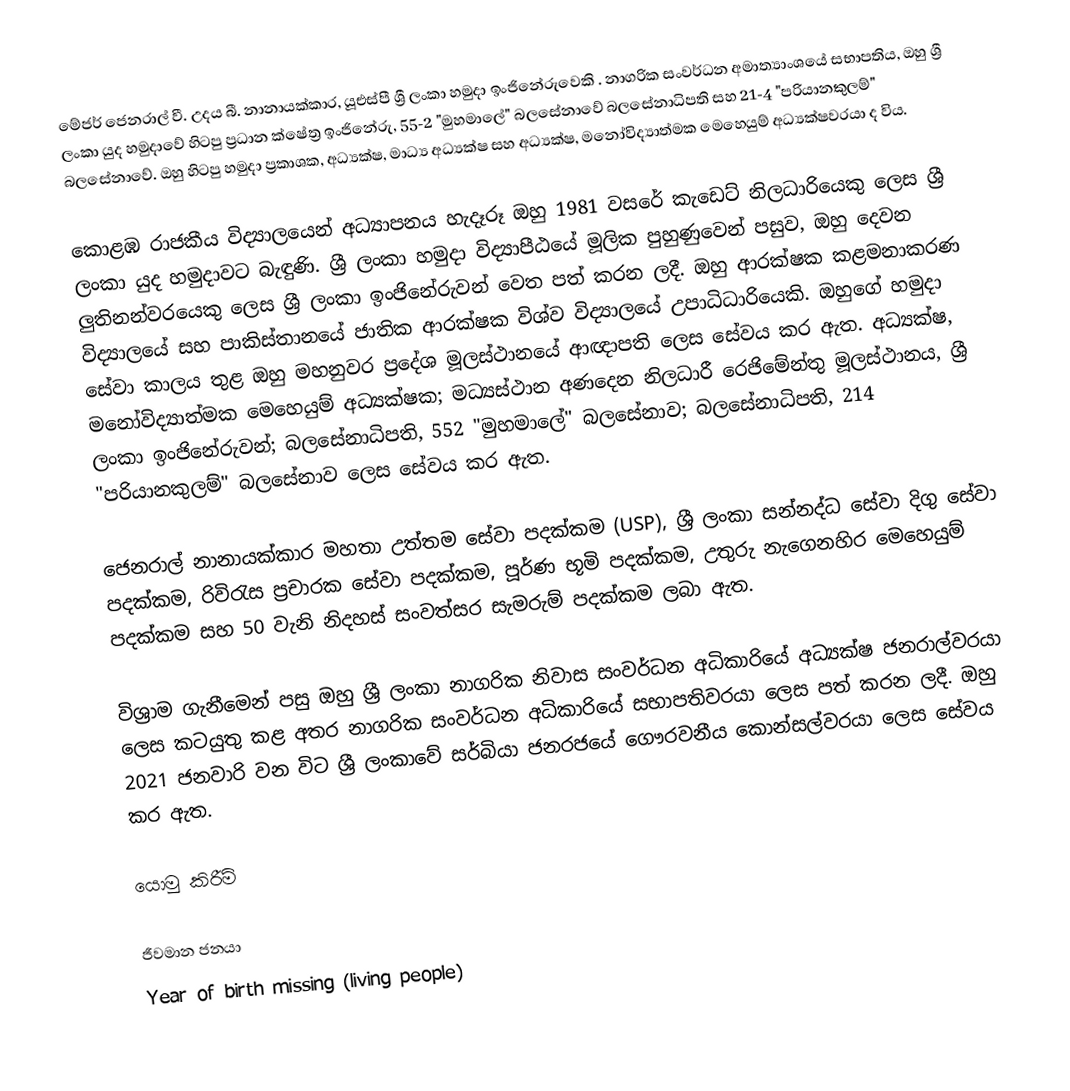
මේජර් ජෙනරාල් වී. උදය බී. නානායක්කාර, යූඑස්පී ශ්‍රී ලංකා හමුදා ඉංජිනේරුවෙකි . නාගරික සංවර්ධන අමාත්‍යාංශයේ සභාපතිය, ඔහු ශ්‍රී ලංකා යුද හමුදාවේ හිටපු ප්‍රධාන ක්ෂේත්‍ර ඉංජිනේරු, 55-2 "මුහමාලේ" බලසේනාවේ බලසේනාධිපති සහ 21-4 "පරියානකුලම්" බලසේනාවේ. ඔහු හිටපු හමුදා ප්‍රකාශක, අධ්‍යක්ෂ, මාධ්‍ය අධ්‍යක්ෂ සහ අධ්‍යක්ෂ, මනෝවිද්‍යාත්මක මෙහෙයුම් අධ්‍යක්ෂවරයා ද විය.

කොළඹ රාජකීය විද්‍යාලයෙන් අධ්‍යාපනය හැදෑරූ ඔහු 1981 වසරේ කැඩෙට් නිලධාරියෙකු ලෙස ශ්‍රී ලංකා යුද හමුදාවට බැඳුණි. ශ්‍රී ලංකා හමුදා විද්‍යාපීඨයේ මූලික පුහුණුවෙන් පසුව, ඔහු දෙවන ලුතිනන්වරයෙකු ලෙස ශ්‍රී ලංකා ඉංජිනේරුවන් වෙත පත් කරන ලදී. ඔහු ආරක්ෂක කළමනාකරණ විද්‍යාලයේ සහ පාකිස්තානයේ ජාතික ආරක්ෂක විශ්ව විද්‍යාලයේ උපාධිධාරියෙකි. ඔහුගේ හමුදා සේවා කාලය තුළ ඔහු මහනුවර ප්‍රදේශ මූලස්ථානයේ ආඥාපති ලෙස සේවය කර ඇත. අධ්‍යක්ෂ, මනෝවිද්‍යාත්මක මෙහෙයුම් අධ්‍යක්ෂක; මධ්‍යස්ථාන අණදෙන නිලධාරී රෙජිමේන්තු මූලස්ථානය, ශ්‍රී ලංකා ඉංජිනේරුවන්; බලසේනාධිපති, 552 "මුහමාලේ" බලසේනාව; බලසේනාධිපති, 214 "පරියානකුලම්" බලසේනාව ලෙස සේවය කර ඇත.

ජෙනරාල් නානායක්කාර මහතා උත්තම සේවා පදක්කම (USP), ශ්‍රී ලංකා සන්නද්ධ සේවා දිගු සේවා පදක්කම, රිවිරැස ප්‍රචාරක සේවා පදක්කම, පූර්ණ භූමි පදක්කම, උතුරු නැගෙනහිර මෙහෙයුම් පදක්කම සහ 50 වැනි නිදහස් සංවත්සර සැමරුම් පදක්කම ලබා ඇත.

විශ්‍රාම ගැනීමෙන් පසු ඔහු ශ්‍රී ලංකා නාගරික නිවාස සංවර්ධන අධිකාරියේ අධ්‍යක්ෂ ජනරාල්වරයා ලෙස කටයුතු කළ අතර නාගරික සංවර්ධන අධිකාරියේ සභාපතිවරයා ලෙස පත් කරන ලදී. ඔහු 2021 ජනවාරි වන විට ශ්‍රී ලංකාවේ සර්බියා ජනරජයේ ගෞරවනීය කොන්සල්වරයා ලෙස සේවය කර ඇත.

යොමු කිරීම්

ජීවමාන ජනයා
Year of birth missing (living people)